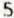
5